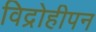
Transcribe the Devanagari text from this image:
विद्रोहीपन